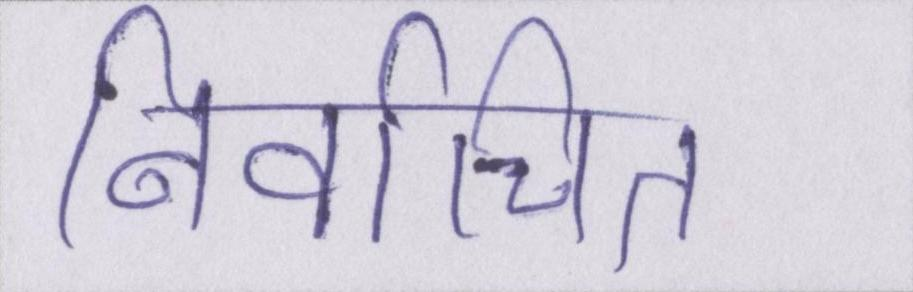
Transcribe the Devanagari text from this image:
निर्वाचित